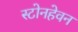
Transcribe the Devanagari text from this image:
स्टोनहेवन